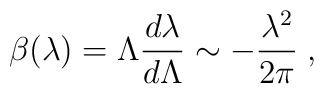
\beta (\lambda)=\Lambda \frac{d \lambda} {d \Lambda} \sim -\frac{\lambda^{2}}{2 \pi}\;  ,